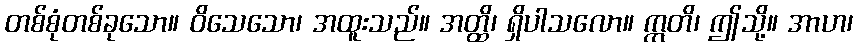
တစ်စုံတစ်ခုသော။ ဝိသေသော၊ အထူးသည်။ အတ္ထိ၊ ရှိပါသလော။ ဣတိ၊ ဤသို့။ အာဟ၊